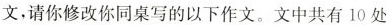
文,请你修改你同桌写的以下作文.文中共有10处